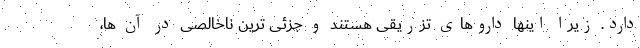
دارد. زیرا اینها داروهای تزریقی هستند و جزئی ترین ناخالصی در آن ها،